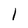
Character: 1